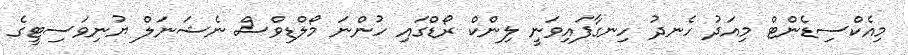
މިއެކްސިޑެންޓް މިއަދު ހެނދު ހިނގާފައިވަނީ ލިންކް ރޯޑްގައި ހުންނަ މޯލްޑިވްސް ނެޝަނަލް ޔުނިވަސިޓީގެ